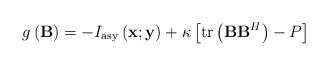
LaTeX: \begin{align*}g\left( {{\bf{B}}} \right) = - I_{\rm asy}\left( {{\bf{x}};{\bf{y}} } \right) + \kappa \left[ {{\rm{tr}}\left( {{\bf{B}} {\bf{B}}^H } \right) - P } \right]\end{align*}